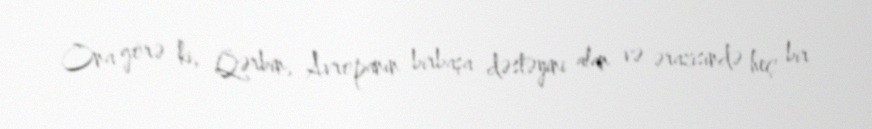
Ona görə ki, Qərbin, Avropanın birbaşa dəstəyini alan və ərazisində heç bir